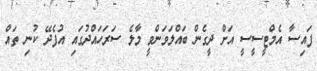
ފައިސާ އެމްޓީސީސީ އަށް ދީގެން ބައްލަވަންވީ މާލެ ސަރަހައްދުގައި އުފެދޭ ކުނި ތައް